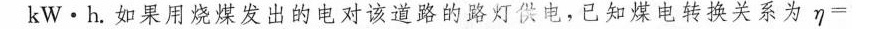
kW\cdot h。如果用烧煤发出的电对该道路的路灯供电，已知煤电转换关系为η=